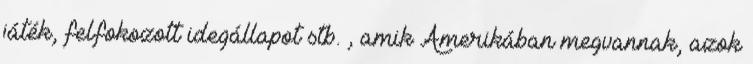
játék, felfokozott idegállapot stb. , amik Amerikában megvannak, azok